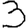
Digit: 3